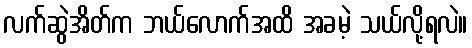
လက်ဆွဲအိတ်က ဘယ်လောက်အထိ အခမဲ့ သယ်လို့ရလဲ။